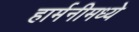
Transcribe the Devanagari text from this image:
हार्मनीमध्ये